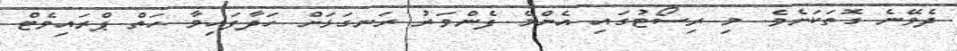
ދެވޭނެ ގޮތަކަށެވެ. މި ރިސޯޓުގައި އެންމެ ފެންވަރު ރަނގަޅަށް ހަދާފައިވާ ހަތް ޕްރައިވެޓް